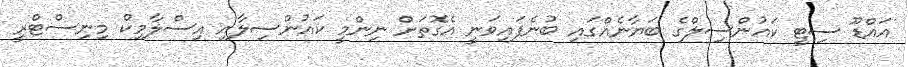
އައްޑޫ ސިޓީ ކައުންސިލްގެ ބަޔާނެއްގައި ބުނެފައިވަނީ އެގޮތަށް ނިންމީ ކައުންސިލާއި އިސްލާމިކް މިނިސްޓްރީ